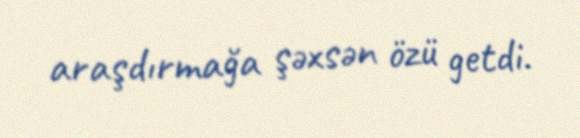
araşdırmağa şəxsən özü getdi.